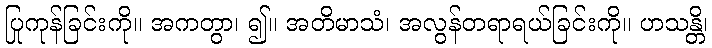
ပြုကုန်ခြင်းကို။ အကတွာ၊ ၍။ အတိမာသံ၊ အလွန်တရာရယ်ခြင်းကို။ ဟသန္တိ၊